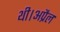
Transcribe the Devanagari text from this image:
थी।अप्रैल